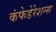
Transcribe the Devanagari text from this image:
कंफेडेरेशन्स